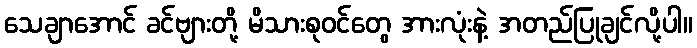
သေချာအောင် ခင်ဗျားတို့ မိသားစုဝင်တွေ အားလုံးနဲ့ အတည်ပြုချင်လို့ပါ။